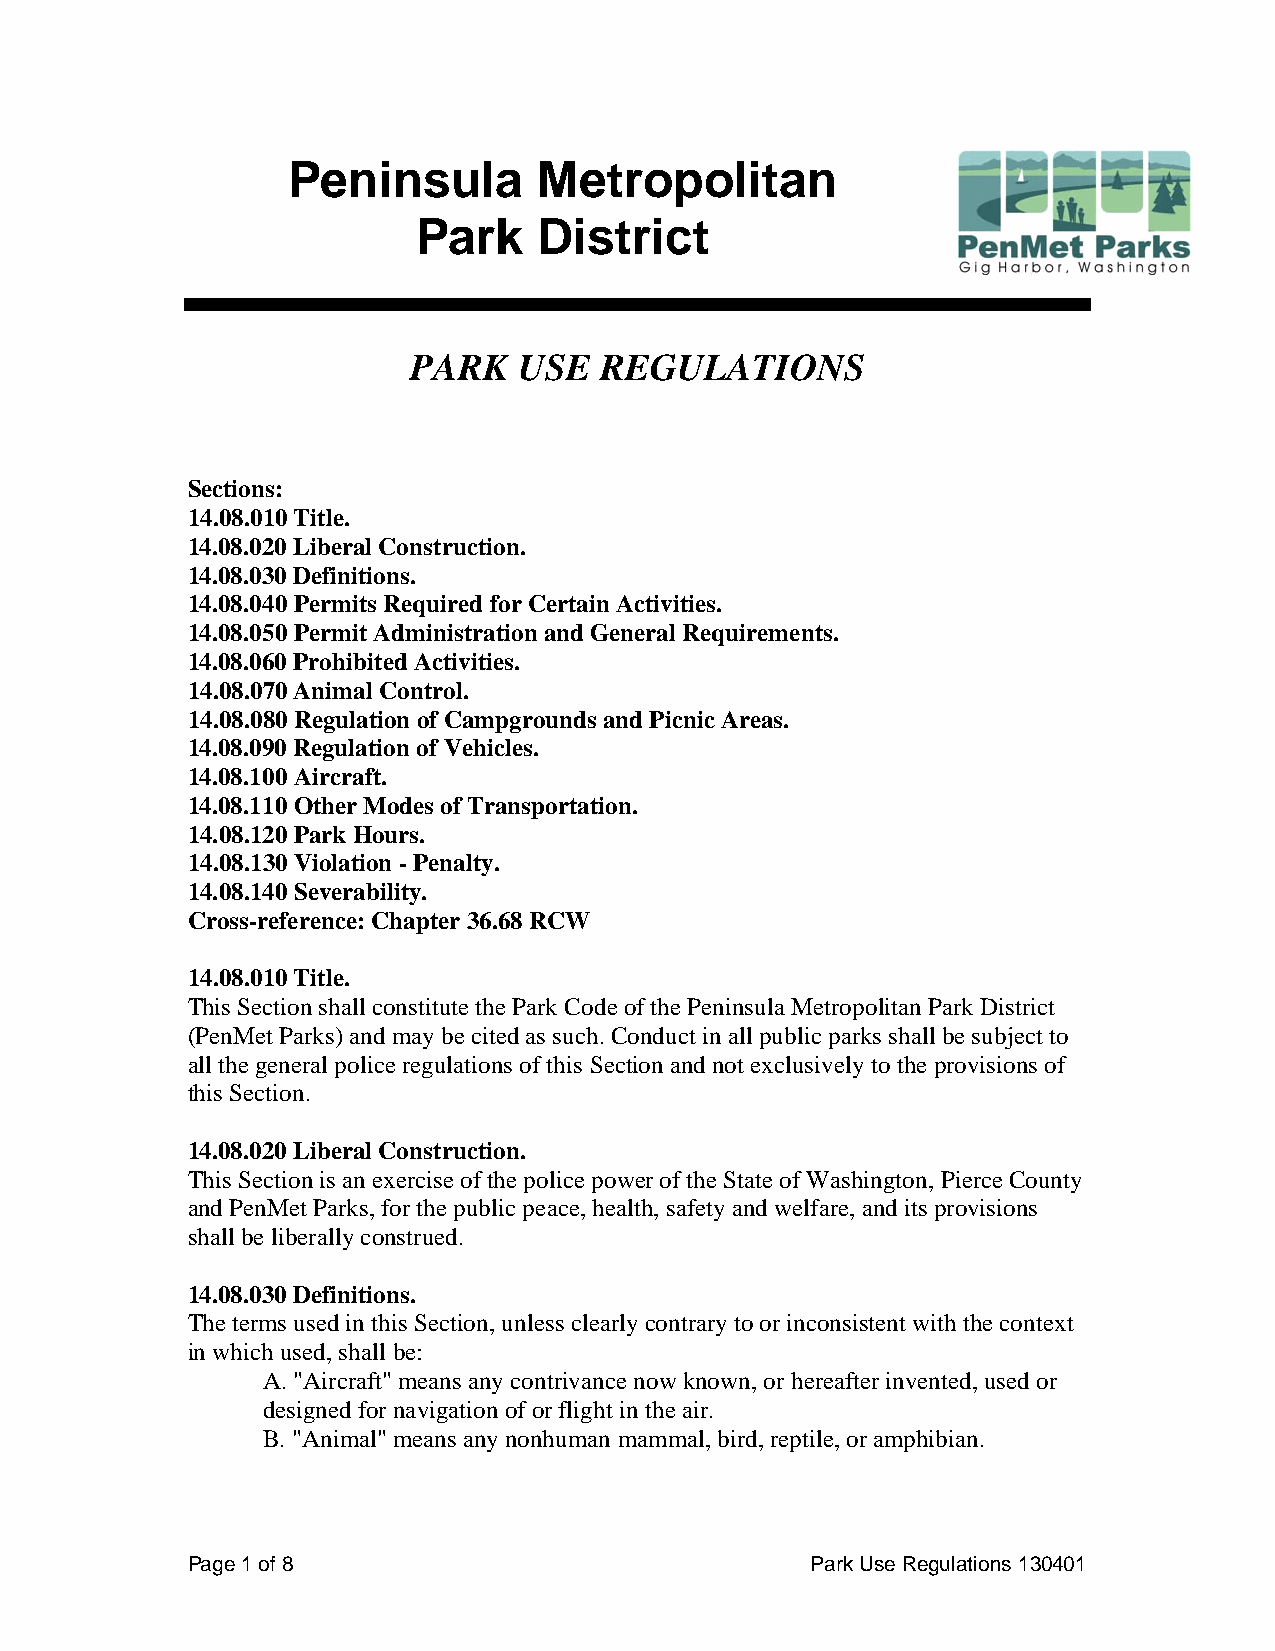
Peninsula        Metropolitan
 Park    District
 PARK   USE   REGULATIONS
 Sections:
 14.08.010 Title.
 14.08.020 Liberal Construction.
 14.08.030 Definitions.
 14.08.040 Permits Required for Certain Activities.
 14.08.050 Permit Administration and General Requirements.
 14.08.060 Prohibited Activities.
 14.08.070 Animal Control.
 14.08.080 Regulation of Campgrounds and Picnic Areas.
 14.08.090 Regulation of Vehicles.
 14.08.100 Aircraft.
 14.08.110 Other Modes of Transportation.
 14.08.120 Park Hours.
 14.08.130 Violation - Penalty.
 14.08.140 Severability.
 Cross-reference: Chapter 36.68 RCW
 14.08.010 Title.
 This Section shall constitute the Park Code of the Peninsula Metropolitan Park District
 (PenMet Parks) and may be cited as such. Conduct in all public parks shall be subject to
 all the general police regulations of this Section and not exclusively to the provisions of
 this Section.
 14.08.020 Liberal Construction.
 This Section is an exercise of the police power of the State of Washington, Pierce County
 and PenMet Parks, for the public peace, health, safety and welfare, and its provisions
 shall be liberally construed.
 14.08.030 Definitions.
 The terms used in this Section, unless clearly contrary to or inconsistent with the context
 in which used, shall be:
 A. "Aircraft" means any contrivance now known, or hereafter invented, used or
 designed for navigation of or flight in the air.
 B. "Animal" means any nonhuman mammal, bird, reptile, or amphibian.
 Page 1 of 8                               Park Use Regulations 130401